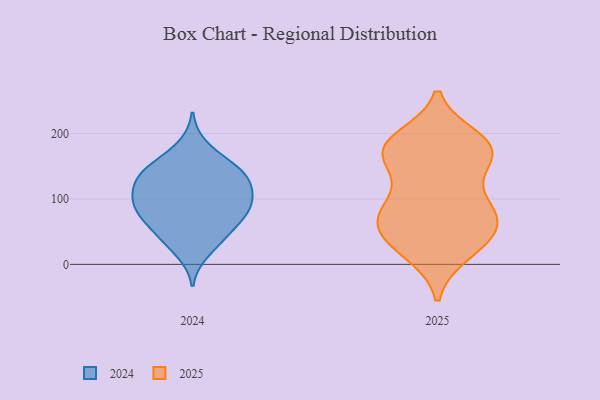
{"axis": {"x": "Tickets Resolved", "y": "Value"}, "legend": ["2024", "2025"], "data": [{"x": "", "y": 82, "type": "2024"}, {"x": "", "y": 18, "type": "2024"}, {"x": "", "y": 74, "type": "2024"}, {"x": "", "y": 103, "type": "2024"}, {"x": "", "y": 147, "type": "2024"}, {"x": "", "y": 122, "type": "2024"}, {"x": "", "y": 88, "type": "2024"}, {"x": "", "y": 77, "type": "2024"}, {"x": "", "y": 138, "type": "2024"}, {"x": "", "y": 54, "type": "2024"}, {"x": "", "y": 139, "type": "2024"}, {"x": "", "y": 156, "type": "2024"}, {"x": "", "y": 181, "type": "2024"}, {"x": "", "y": 108, "type": "2024"}, {"x": "", "y": 39, "type": "2024"}, {"x": "", "y": 76, "type": "2024"}, {"x": "", "y": 105, "type": "2024"}, {"x": "", "y": 141, "type": "2024"}, {"x": "", "y": 40, "type": "2024"}, {"x": "", "y": 119, "type": "2024"}, {"x": "", "y": 167, "type": "2025"}, {"x": "", "y": 90, "type": "2025"}, {"x": "", "y": 174, "type": "2025"}, {"x": "", "y": 17, "type": "2025"}, {"x": "", "y": 71, "type": "2025"}, {"x": "", "y": 31, "type": "2025"}, {"x": "", "y": 174, "type": "2025"}, {"x": "", "y": 162, "type": "2025"}, {"x": "", "y": 49, "type": "2025"}, {"x": "", "y": 20, "type": "2025"}, {"x": "", "y": 57, "type": "2025"}, {"x": "", "y": 178, "type": "2025"}, {"x": "", "y": 124, "type": "2025"}, {"x": "", "y": 73, "type": "2025"}, {"x": "", "y": 171, "type": "2025"}, {"x": "", "y": 190, "type": "2025"}, {"x": "", "y": 93, "type": "2025"}, {"x": "", "y": 54, "type": "2025"}, {"x": "", "y": 79, "type": "2025"}, {"x": "", "y": 192, "type": "2025"}]}